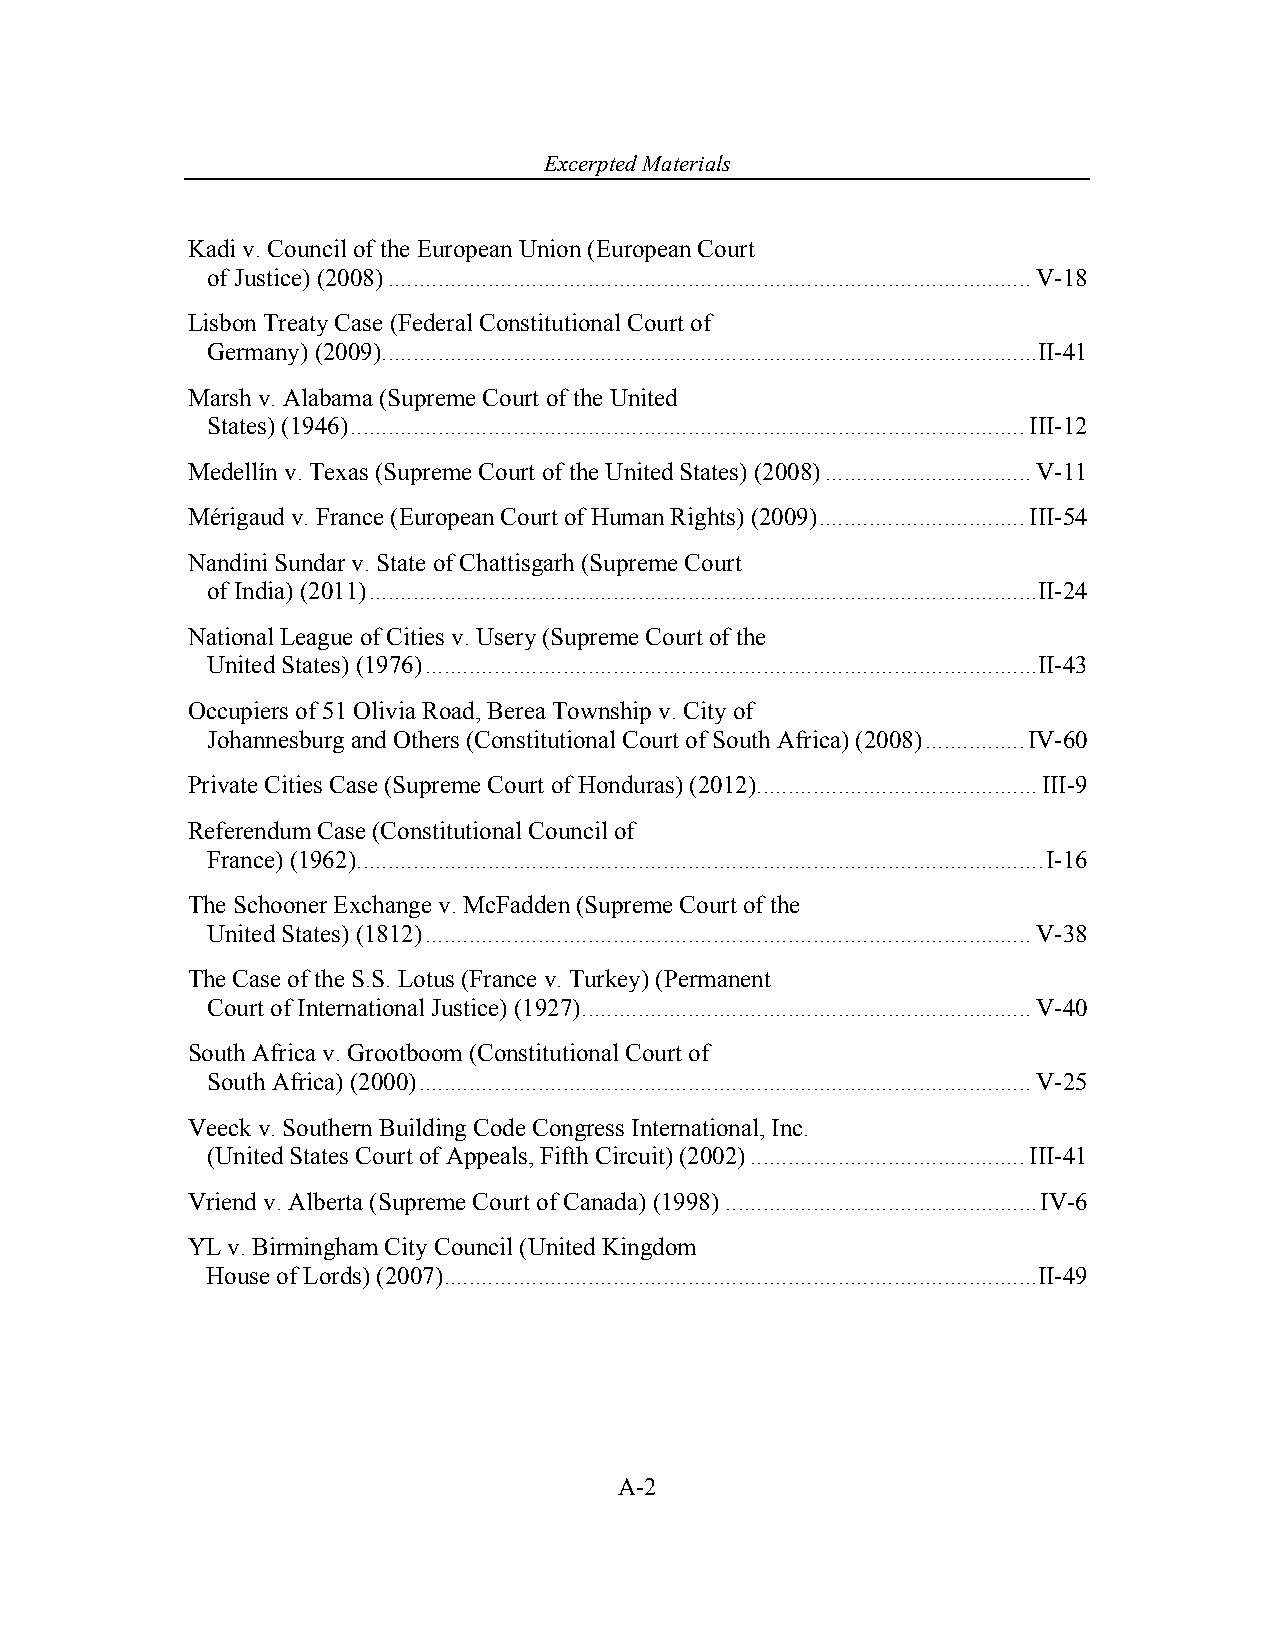
Excerpted Materials
 Kadi v. Council of the European Union (European Court
 of Justice) (2008) ....................................................................................................... V-18
 Lisbon Treaty Case (Federal Constitutional Court of
 Germany) (2009) ......................................................................................................... II-41
 Marsh v. Alabama (Supreme Court of the United
 States) (1946) ............................................................................................................ III-12
 Medellín v. Texas (Supreme Court of the United States) (2008) ................................. V-11
 Mérigaud v. France (European Court of Human Rights) (2009) ................................. III-54
 Nandini Sundar v. State of Chattisgarh (Supreme Court
 of India) (2011) ........................................................................................................... II-24
 National League of Cities v. Usery (Supreme Court of the
 United States) (1976) .................................................................................................. II-43
 Occupiers of 51 Olivia Road, Berea Township v. City of
 Johannesburg and Others (Constitutional Court of South Africa) (2008) ................ IV-60
 Private Cities Case (Supreme Court of Honduras) (2012) ............................................. III-9
 Referendum Case (Constitutional Council of
 France) (1962) .............................................................................................................. I-16
 The Schooner Exchange v. McFadden (Supreme Court of the
 United States) (1812) ................................................................................................. V-38
 The Case of the S.S. Lotus (France v. Turkey) (Permanent
 Court of International Justice) (1927) ........................................................................ V-40
 South Africa v. Grootboom (Constitutional Court of
 South Africa) (2000) .................................................................................................. V-25
 Veeck v. Southern Building Code Congress International, Inc.
 (United States Court of Appeals, Fifth Circuit) (2002) ............................................ III-41
 Vriend v. Alberta (Supreme Court of Canada) (1998) .................................................. IV-6
 YL v. Birmingham City Council (United Kingdom
 House of Lords) (2007) ............................................................................................... II-49
 A-2